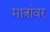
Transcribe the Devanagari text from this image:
मात्रांवर